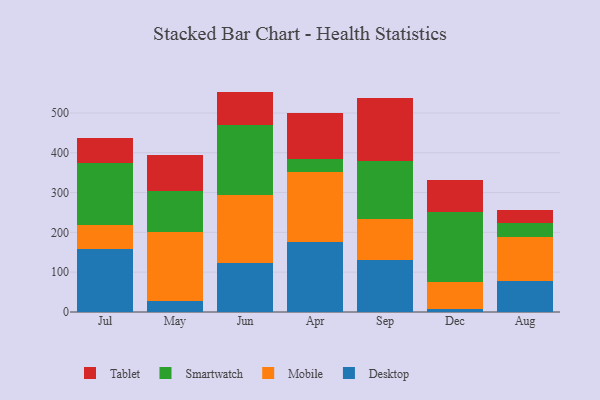
{"axis": {"x": "Month", "y": "Active Users"}, "legend": ["Desktop", "Mobile", "Smartwatch", "Tablet"], "data": [{"x": "Jul", "y": 158.8, "type": "Desktop"}, {"x": "Jul", "y": 58.8, "type": "Mobile"}, {"x": "Jul", "y": 157.0, "type": "Smartwatch"}, {"x": "Jul", "y": 63.7, "type": "Tablet"}, {"x": "May", "y": 28.3, "type": "Desktop"}, {"x": "May", "y": 172.0, "type": "Mobile"}, {"x": "May", "y": 102.9, "type": "Smartwatch"}, {"x": "May", "y": 91.4, "type": "Tablet"}, {"x": "Jun", "y": 122.6, "type": "Desktop"}, {"x": "Jun", "y": 171.1, "type": "Mobile"}, {"x": "Jun", "y": 176.6, "type": "Smartwatch"}, {"x": "Jun", "y": 83.4, "type": "Tablet"}, {"x": "Apr", "y": 174.8, "type": "Desktop"}, {"x": "Apr", "y": 178.0, "type": "Mobile"}, {"x": "Apr", "y": 31.3, "type": "Smartwatch"}, {"x": "Apr", "y": 115.7, "type": "Tablet"}, {"x": "Sep", "y": 129.8, "type": "Desktop"}, {"x": "Sep", "y": 102.8, "type": "Mobile"}, {"x": "Sep", "y": 147.2, "type": "Smartwatch"}, {"x": "Sep", "y": 159.0, "type": "Tablet"}, {"x": "Dec", "y": 8.7, "type": "Desktop"}, {"x": "Dec", "y": 67.4, "type": "Mobile"}, {"x": "Dec", "y": 174.3, "type": "Smartwatch"}, {"x": "Dec", "y": 82.4, "type": "Tablet"}, {"x": "Aug", "y": 76.8, "type": "Desktop"}, {"x": "Aug", "y": 110.5, "type": "Mobile"}, {"x": "Aug", "y": 35.1, "type": "Smartwatch"}, {"x": "Aug", "y": 33.8, "type": "Tablet"}]}